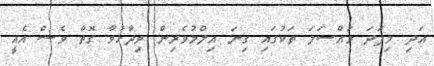
އަދި މިފަދަ މައްސަލަ ތަކުގައި ގިނަ އިލްމުވެރިން ވިދާޅުވާ ގޮތް ވެސް އެއީ